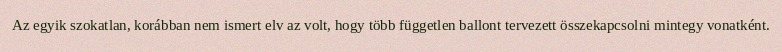
Az egyik szokatlan, korábban nem ismert elv az volt, hogy több független ballont tervezett összekapcsolni mintegy vonatként.